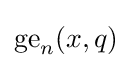
{\text{ge}}_{n}(x,q)